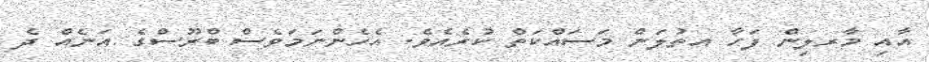
އާއި މާރލިން ފަހާ އތުލަން މަސައްކަތް ކުރެއެވެ. އެހެންނަމަވެސް ބްރޫސްގެ އަނެއް ދެ